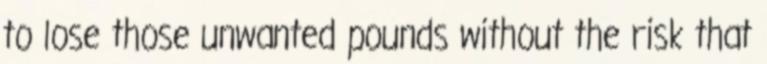
to lose those unwanted pounds without the risk that